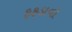
ફફડાવો